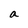
Character: a